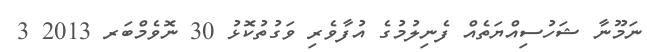
ނަމޫނާ ޝަހުސިއްޔަތެއް ފެނިލުމުގެ އުފާވެރި ވަގުތުކޮޅު 30 ނޮވެމްބަރ 2013 3